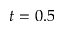
t = 0 . 5